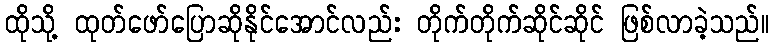
ထိုသို့ ထုတ်ဖော်ပြောဆိုနိုင်အောင်လည်း တိုက်တိုက်ဆိုင်ဆိုင် ဖြစ်လာခဲ့သည်။